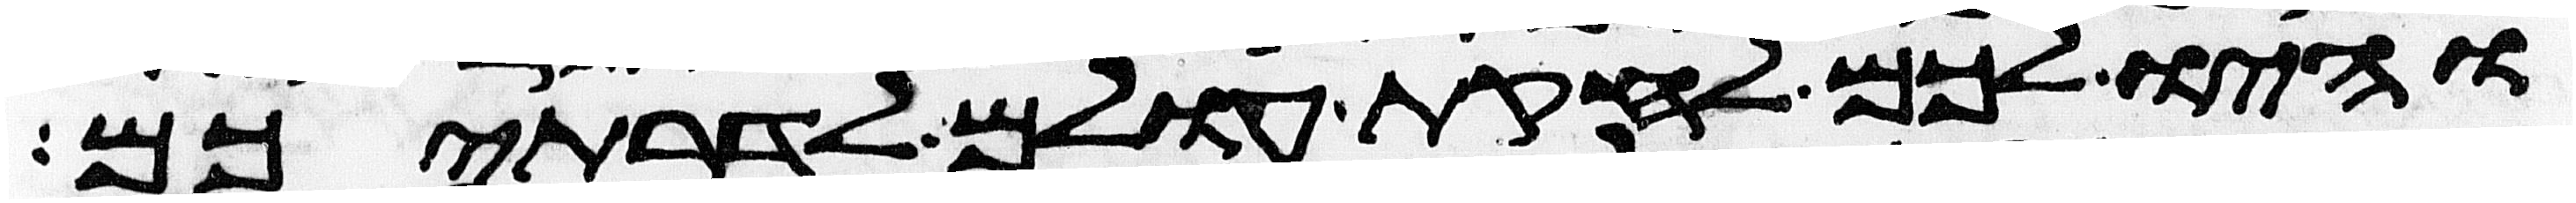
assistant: והיו לכם לחקות עולם לדרתיכם